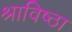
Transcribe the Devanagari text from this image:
श्राविष्ठा